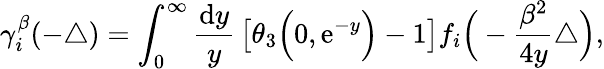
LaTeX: \gamma_{i}^{\beta}(-\triangle)=\int_{0}^{\infty}{\frac{{\mathrm{d}}y}{y}}\left[\theta_{3}\Big(0,{\mathrm{e}}^{-y}\Big)-1\right]f_{i}\Big(-\frac{\beta^{2}}{4y}\triangle\Big),